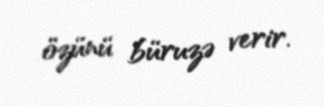
özünü büruzə verir.